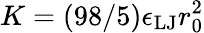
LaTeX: K=(98/5)\epsilon_{\mathrm{LJ}}r_{0}^{2}